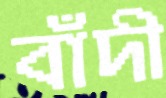
বাঁদী